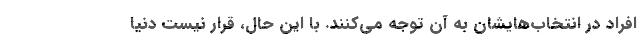
افراد در انتخاب‌هایشان به آن توجه می‌کنند. با این حال، قرار نیست دنیا